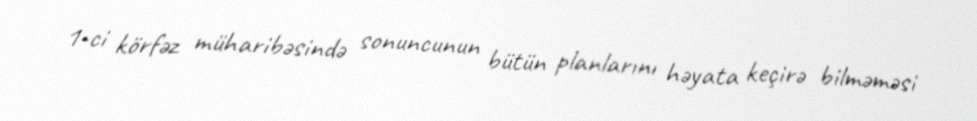
1-ci körfəz müharibəsində sonuncunun bütün planlarını həyata keçirə bilməməsi